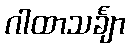
ဂါထာသင်္ချာ